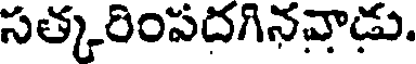
సత్కరింపదగినవాడు.